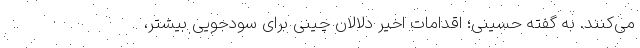
می‌کنند. به گفته حسینی؛ اقدامات اخیر دلالان چینی برای سودجویی بیشتر،